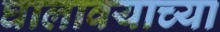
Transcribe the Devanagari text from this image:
घालावयाच्या